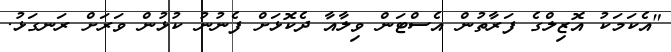
"އެކަމަކު އޮޒިލްގެ ފަރާތުން އެސްޓަން ވިލާއާ ދެކޮޅަށް ފެނުނު ކުޅުން ވަރަށް ރަނގަޅު.